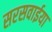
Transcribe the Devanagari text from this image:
सरसवाईया